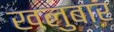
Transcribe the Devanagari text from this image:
खलुबार